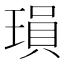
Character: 𬍽